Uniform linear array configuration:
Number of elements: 32
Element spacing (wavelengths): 0.25
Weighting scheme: hamming
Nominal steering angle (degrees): -45
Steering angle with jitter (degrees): -43.72
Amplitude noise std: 0.05
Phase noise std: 0.05

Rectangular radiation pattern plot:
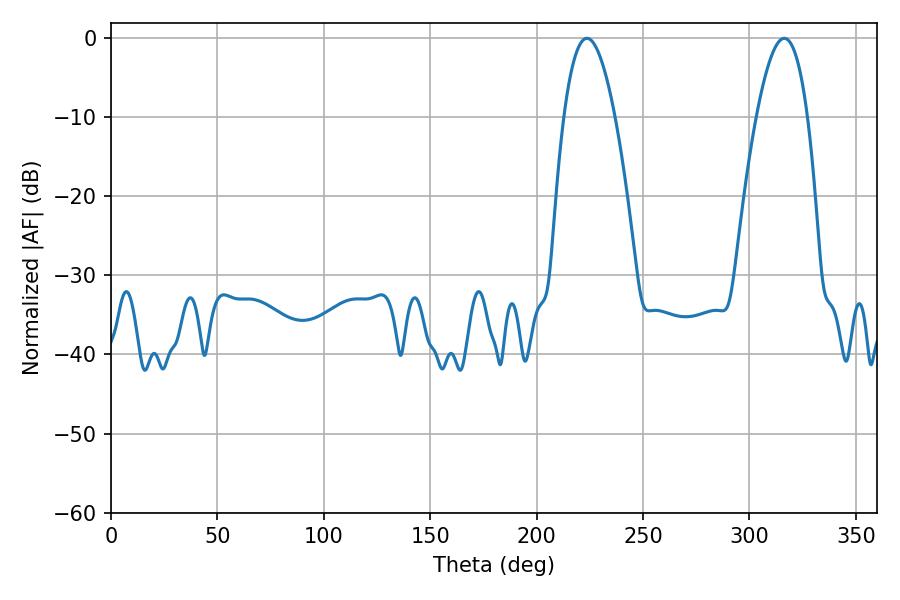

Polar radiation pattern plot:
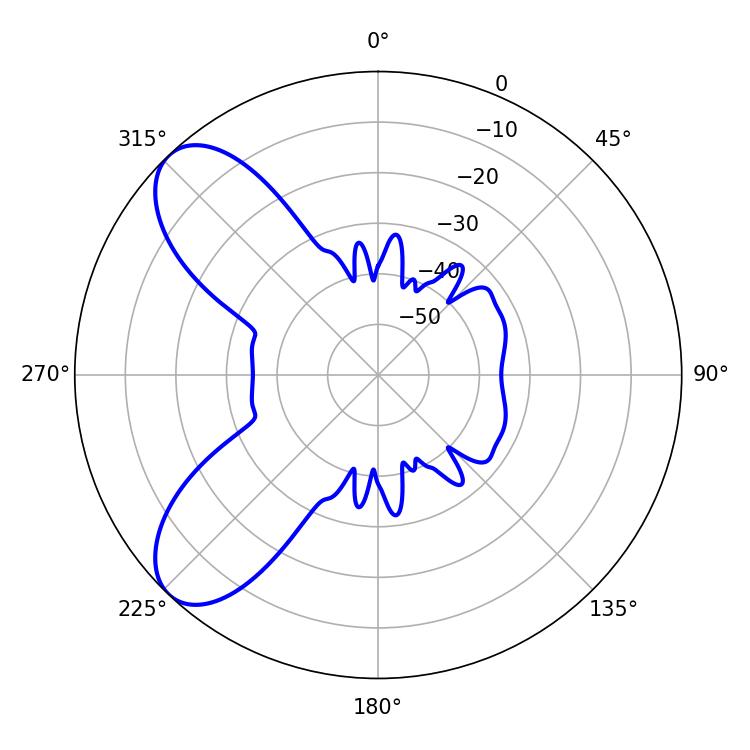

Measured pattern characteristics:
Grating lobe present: FALSE
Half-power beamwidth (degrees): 13.14
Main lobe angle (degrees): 223.56